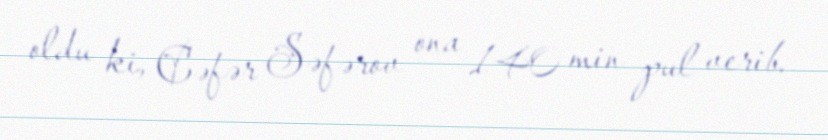
oldu ki, Cəfər Səfərov ona 140 min pul verib.